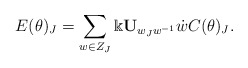
\begin{align*} E(\theta)_J=\sum_{w\in Z_J}\Bbbk {\bf U}_{w_Jw^{-1}}\dot{w}C(\theta)_J.\end{align*}